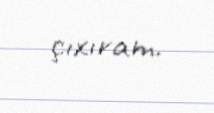
çıxıram.